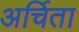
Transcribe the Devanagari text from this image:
अर्चिता